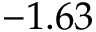
- 1 . 6 3